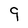
Character: 9